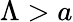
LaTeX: \Lambda>a